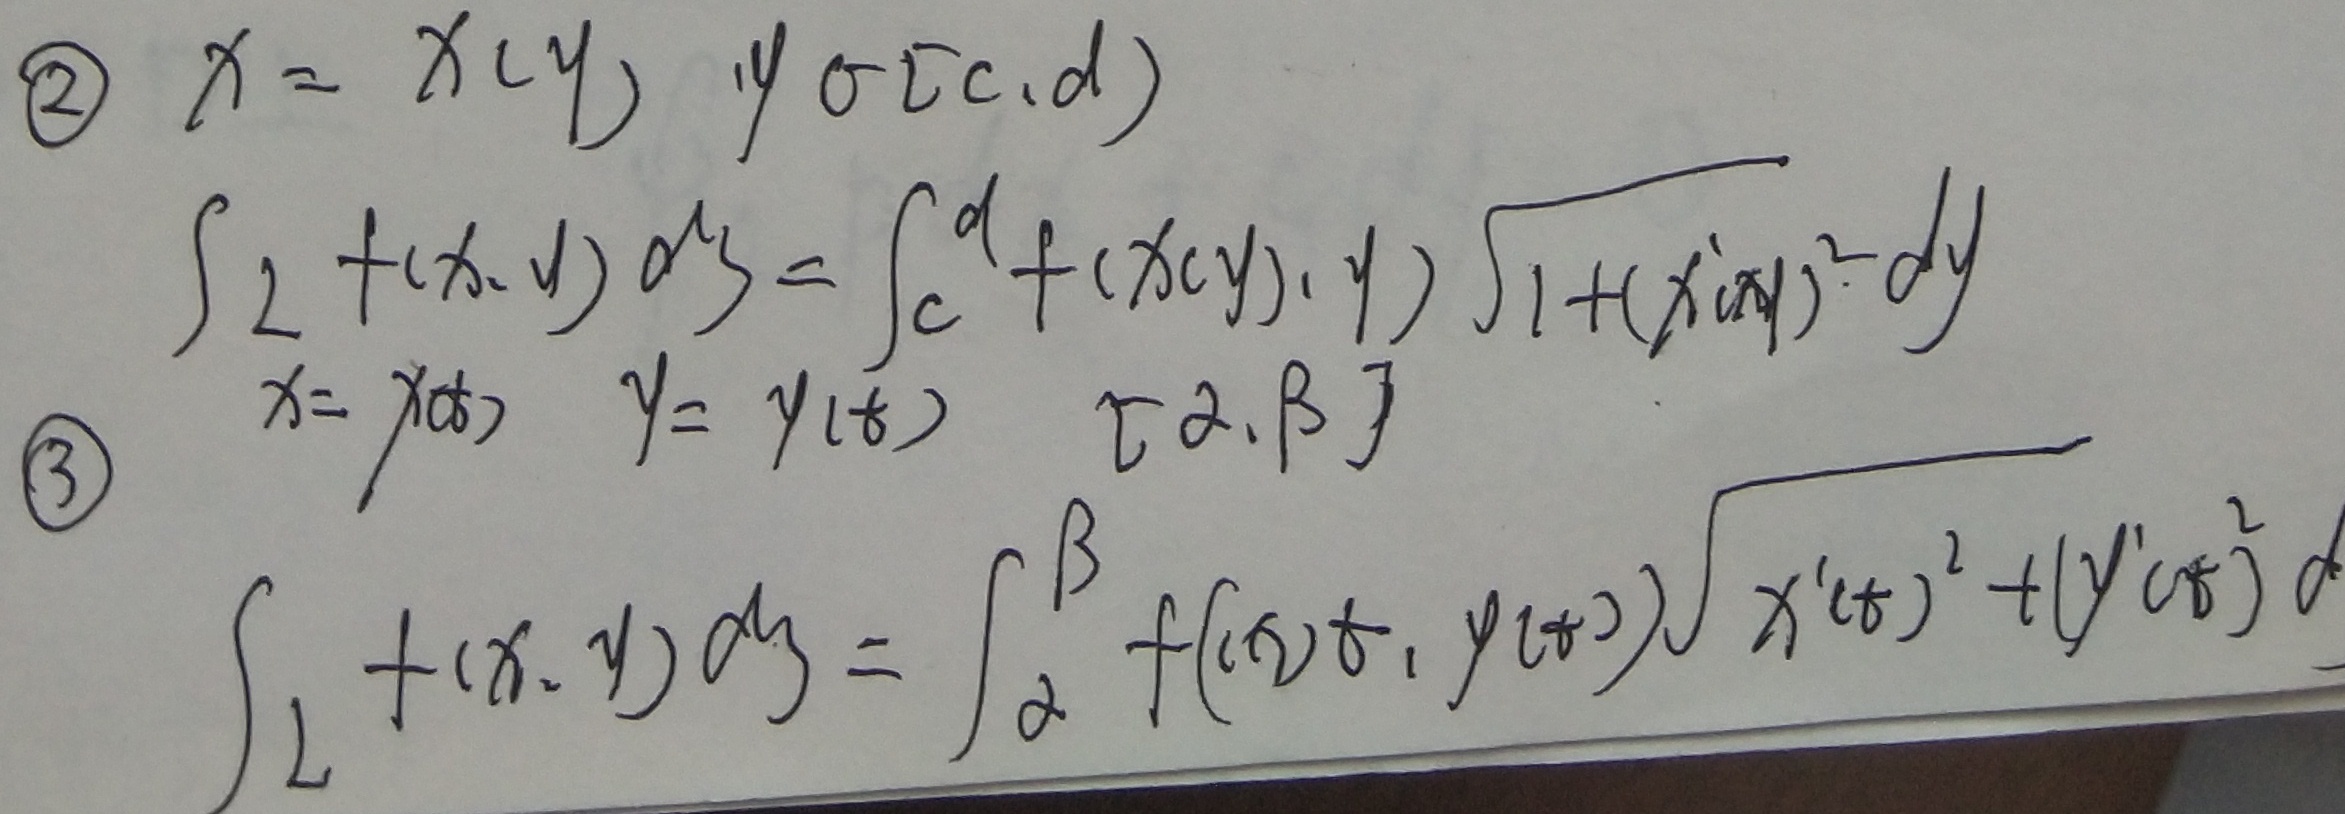
\textcircled{2} \(x = x(y),\ y\in[c,d)\)
\[\begin{align*}
\int_{L} f(x,y)\mathrm{d}s&=\int_{c}^{d}f(x(y),y)\sqrt{1+(x'(y))^{2}}\mathrm{d}y
\end{align*}\]

\textcircled{3} \(x = x(t),\ y = y(t),\ t\in[\alpha,\beta]\)
\[\begin{align*}
\int_{L} f(x,y)\mathrm{d}s&=\int_{\alpha}^{\beta}f(x(t),y(t))\sqrt{(x'(t))^{2}+(y'(t))^{2}}\mathrm{d}t
\end{align*}\]